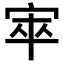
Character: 𡨔